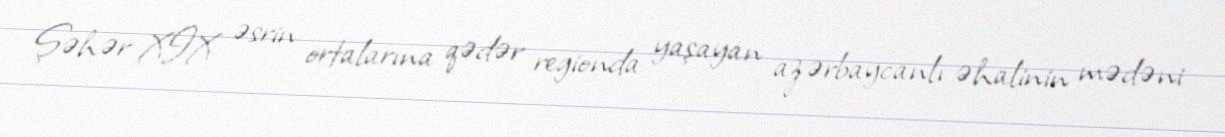
Şəhər XIX əsrin ortalarına qədər regionda yaşayan azərbaycanlı əhalinin mədəni